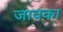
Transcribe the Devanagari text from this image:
जावका